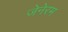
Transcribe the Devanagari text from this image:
जेनेरम